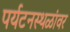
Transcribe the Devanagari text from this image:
पर्यटनस्थळांवर